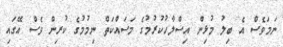
ނަމަވެސް އެ ބިލު މުޅިން އިސްލާހުކުރުމުގެ މަސައްކަތް ނިމުމުގެ ކުރިން ވެސް އޭގައި